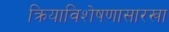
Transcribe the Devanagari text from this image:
क्रियाविशेषणासारखा